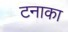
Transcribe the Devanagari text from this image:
टनाका